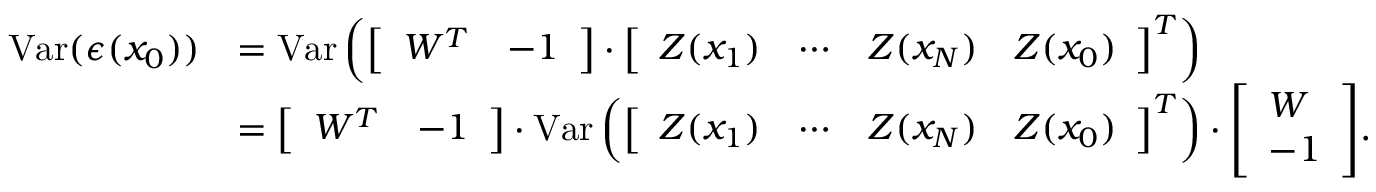
{ \begin{array} { r l } { \operatorname { V a r } ( \epsilon ( x _ { 0 } ) ) } & { = \operatorname { V a r } \left( { \left[ \begin{array} { l l } { W ^ { T } } & { - 1 } \end{array} \right] } \cdot { \left[ \begin{array} { l l l l } { Z ( x _ { 1 } ) } & { \cdots } & { Z ( x _ { N } ) } & { Z ( x _ { 0 } ) } \end{array} \right] } ^ { T } \right) } \\ & { = { \left[ \begin{array} { l l } { W ^ { T } } & { - 1 } \end{array} \right] } \cdot \operatorname { V a r } \left( { \left[ \begin{array} { l l l l } { Z ( x _ { 1 } ) } & { \cdots } & { Z ( x _ { N } ) } & { Z ( x _ { 0 } ) } \end{array} \right] } ^ { T } \right) \cdot { \left[ \begin{array} { l } { W } \\ { - 1 } \end{array} \right] } . } \end{array} }